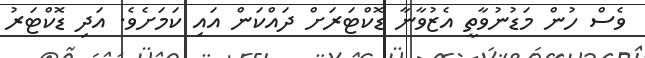
ވެސް ހުން މަޑުނުވާތީ އެޒުވާނާ ޑޮކްޓަރަށް ދައްކަން އައި ކަމަށެވެ. އަދި ޑޮކްޓަރު